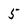
Character: 5